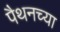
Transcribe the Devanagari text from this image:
पैथनच्या